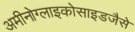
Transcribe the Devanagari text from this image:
अमीनोग्लाइकोसाइडजैसे